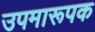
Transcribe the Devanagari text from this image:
उपमारूपक